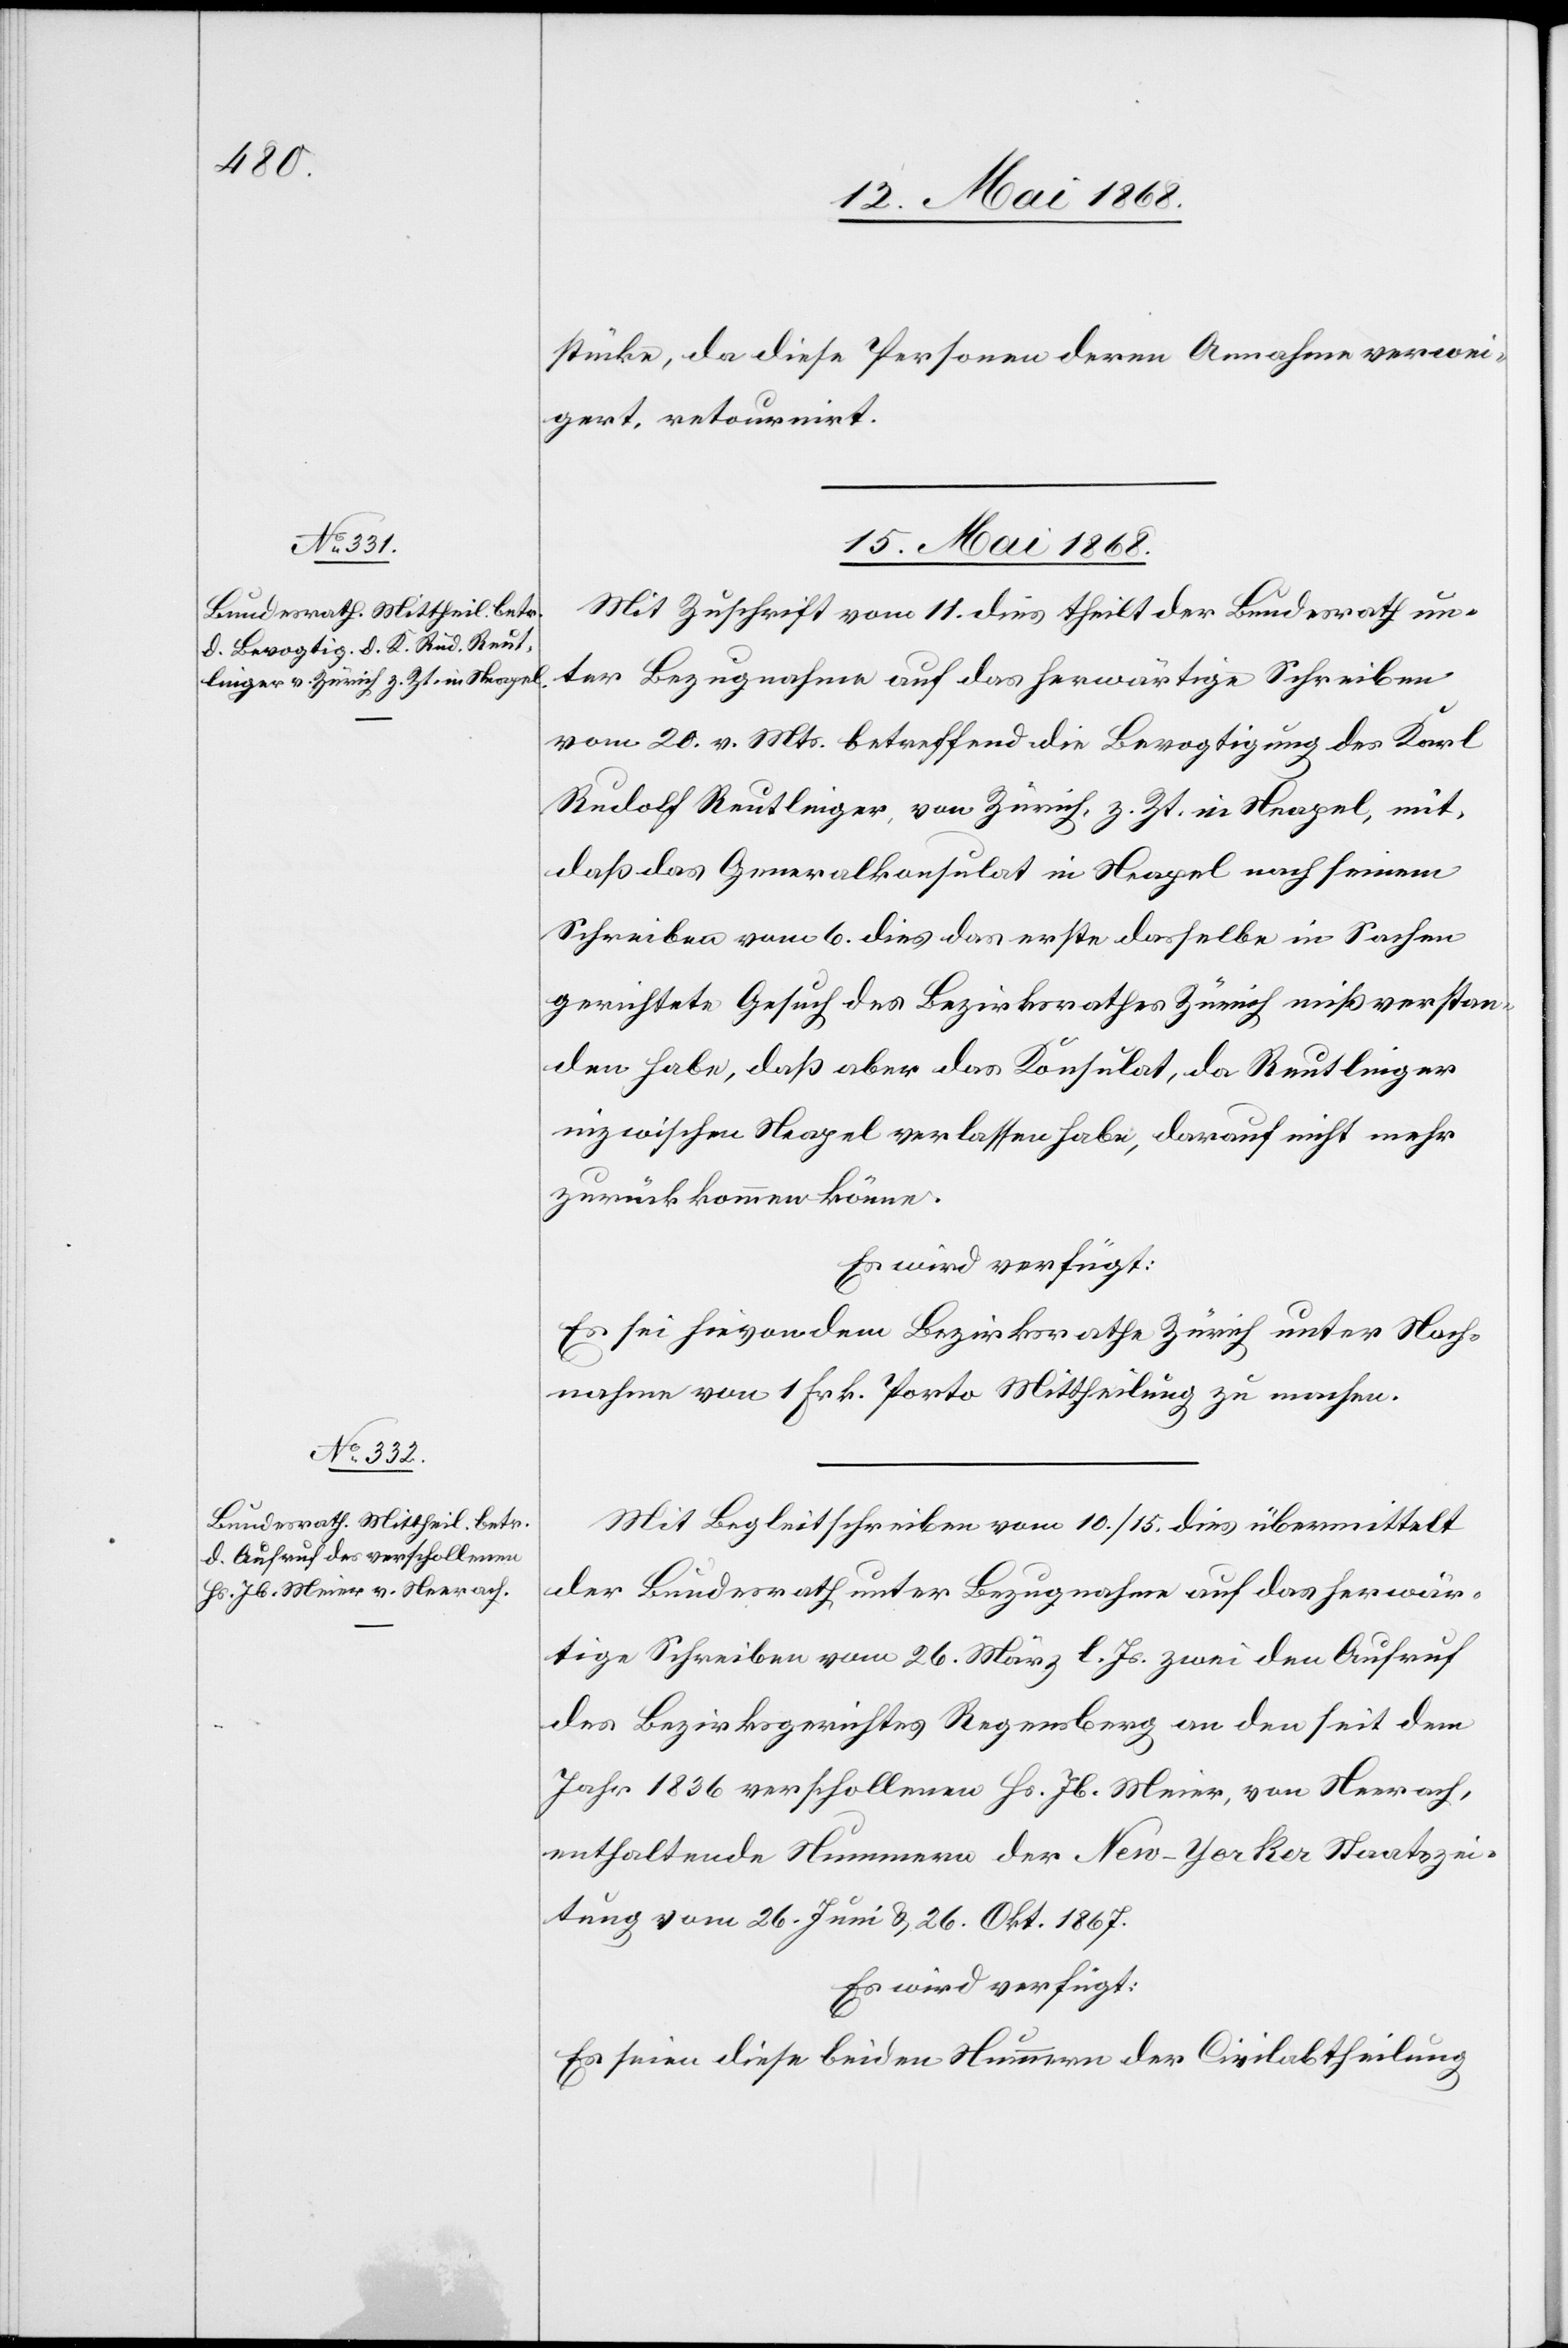
gert

15. Mai 1868.]
stücke, da diese Personen deren Annahme verwei¬
Mit Zuschrift vom 11. dies theilt der Bundesrath un¬
ter Bezugnahme auf das herwärtige Schreiben
vom 20. v. Mts. betreffend die Bevogtigung des Karl
Rudolf Reutlinger, von Zürich, z. Zt. in Neapel, mit,
daß das Generalkonsulat in Neapel nach seinem
Schreiben vom 6. dies das erste dasselbe in Sachen
gerichtete Gesuch des Bezirksrathes Zürich mißverstan¬
den habe, daß aber das Konsulat, da Reutlinger
inzwischen Neapel verlassen habe, darauf nicht mehr
zurückkommen könne.
Es wird verfügt:
Es sei hievon dem Bezirksrathe Zürich unter Nach¬
nahme von 1 Frk. Porto Mittheilung zu machen.
Mit Begleitschreiben vom 10. / 15. dies übermittelt
der Bundesrath unter Bezugnahme auf das herwär¬
tige Schreiben vom 26. März l. Js. zwei den Aufruf
des Bezirksgerichtes Regensberg an den seit dem
Jahr 1836 verschollenen Hs. Jb. Meier, von Neerach,
enthaltende Nummern der New-Yorker Staatszei¬
tung vom 26. Juni & 26. Okt. 1867.
Es wird verfügt:
Es seien diese beiden Nummern der Civilabtheilung